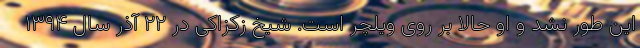
این طور نشد و او حالا بر روی ویلچر است. شیخ زکزاکی در ۲۲ آذر سال ۱۳۹۴